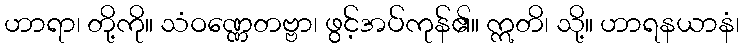
ဟာရာ၊ တို့ကို။ သံဝဏ္ဏေတဗ္ဗာ၊ ဖွင့်အပ်ကုန်၏။ ဣတိ၊ သို့။ ဟာရနယာနံ၊